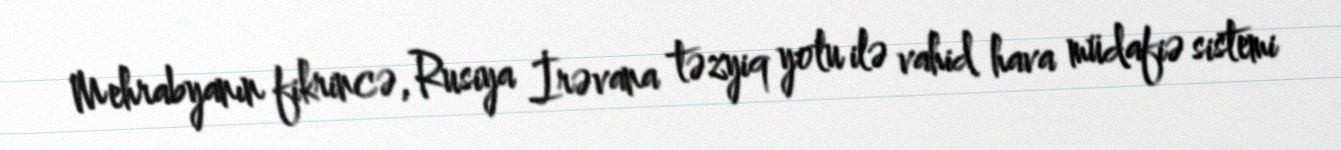
Mehrabyanın fikrincə, Rusiya İrəvana təzyiq yolu ilə vahid hava müdafiə sistemi